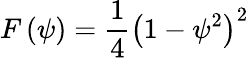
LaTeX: F\left(\psi\right)=\frac{1}{4}\left(1-\psi^{2}\right)^{2}